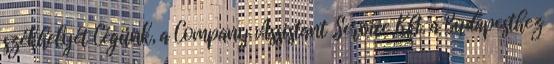
székhelyét Cégünk, a Company Assistant Service Kft. a Budapesthez